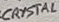
Text: CRYSTAL